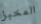
المخبز